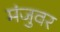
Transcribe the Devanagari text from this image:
मंजुवर